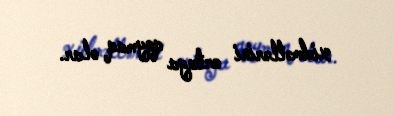
xidmətlərini ortaya qoymaq olar.